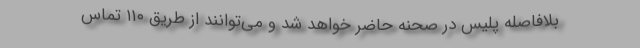
بلافاصله پلیس در صحنه حاضر خواهد شد و می‌توانند از طریق ۱۱۰ تماس